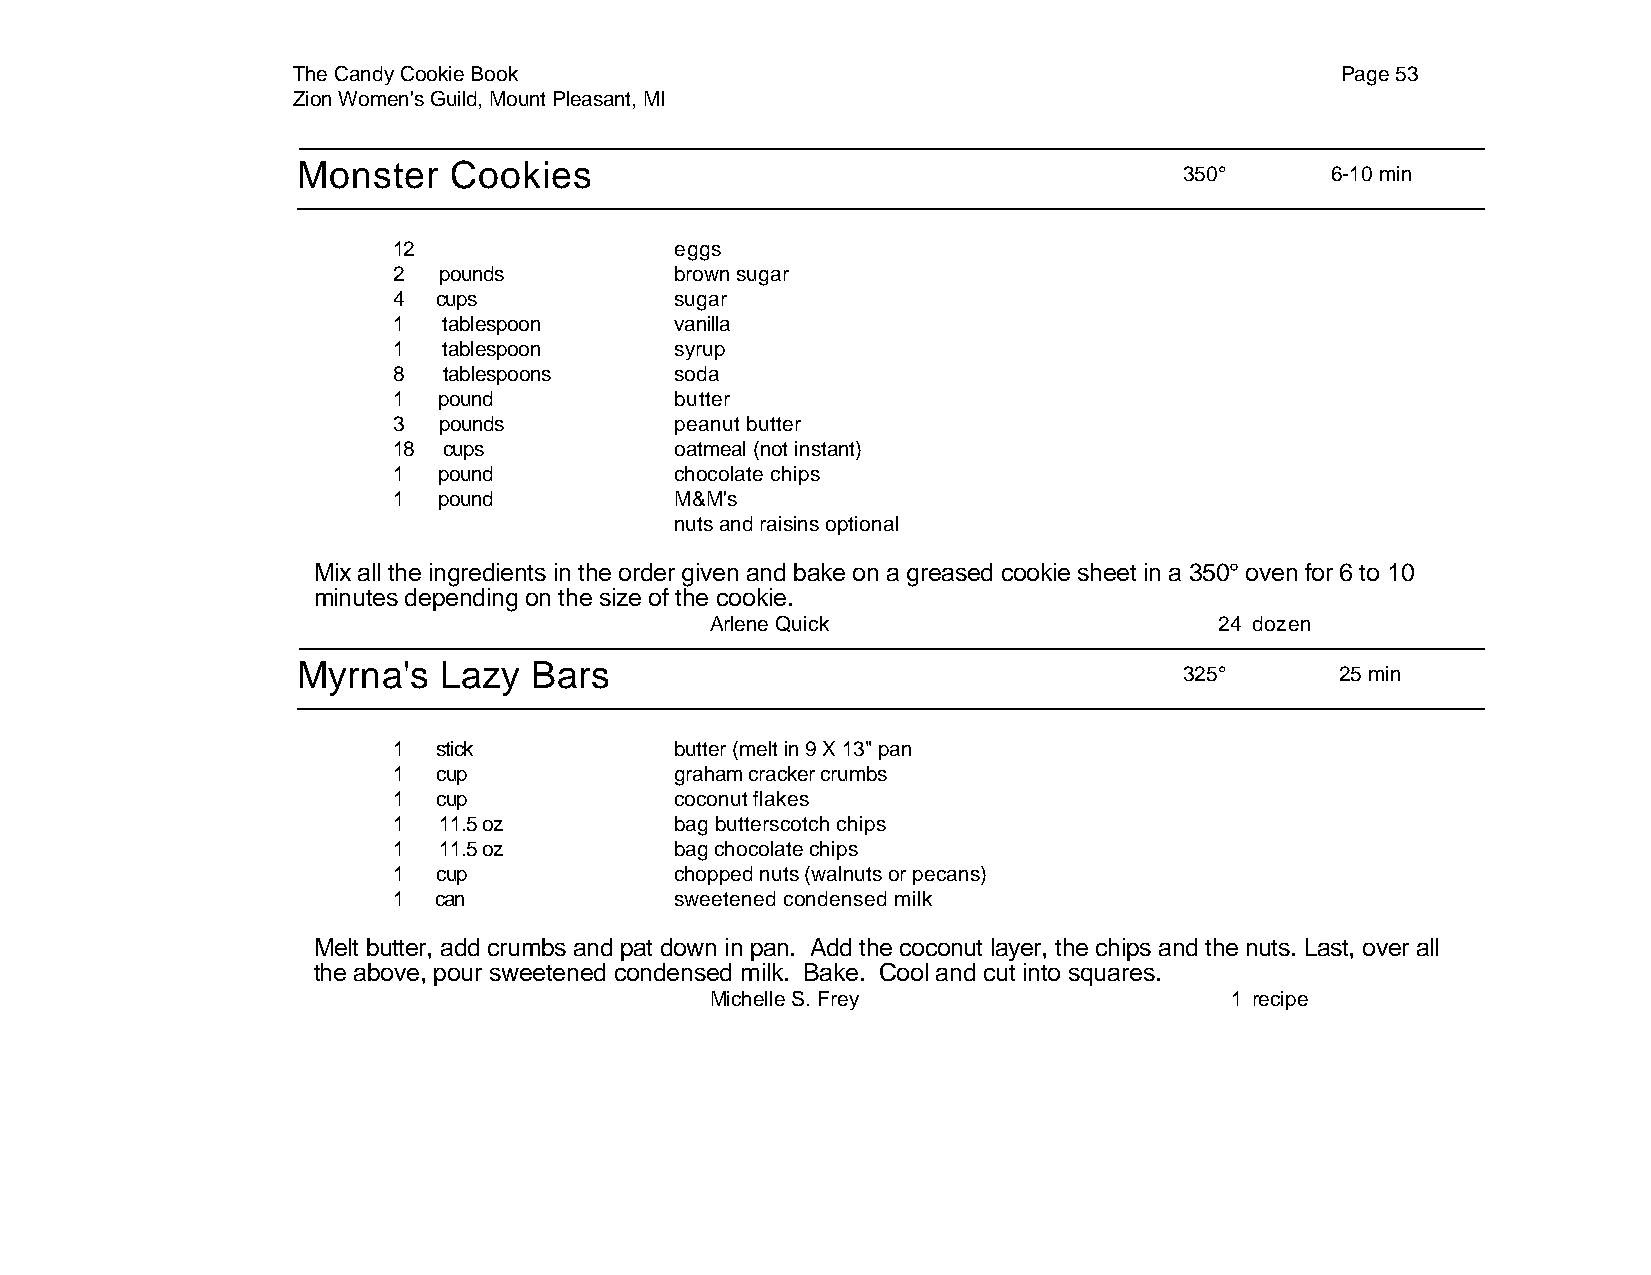
The Candy Cookie Book                                                 Page 53
 Zion Women's Guild, Mount Pleasant, MI
 Monster   Cookies
 350°      6-10 min
 12                 eggs
 2  pounds          brown sugar
 4  cups            sugar
 1  tablespoon      vanilla
 1  tablespoon      syrup
 8  tablespoons     soda
 1  pound           butter
 3  pounds          peanut butter
 18 cups            oatmeal (not instant)
 1  pound           chocolate chips
 1  pound           M&M's
 nuts and raisins optional
 Mix all the ingredients in the order given and bake on a greased cookie sheet in a 350° oven for 6 to 10
 minutes depending on the size of the cookie.
 Arlene Quick                      24 dozen
 Myrna's  Lazy  Bars
 325°       25 min
 1  stick           butter (melt in 9 X 13" pan
 1  cup             graham cracker crumbs
 1  cup             coconut flakes
 1  11.5 oz         bag butterscotch chips
 1  11.5 oz         bag chocolate chips
 1  cup             chopped nuts (walnuts or pecans)
 1  can             sweetened condensed milk
 Melt butter, add crumbs and pat down in pan. Add the coconut layer, the chips and the nuts. Last, over all
 the above, pour sweetened condensed milk. Bake. Cool and cut into squares.
 Michelle S. Frey                  1 recipe